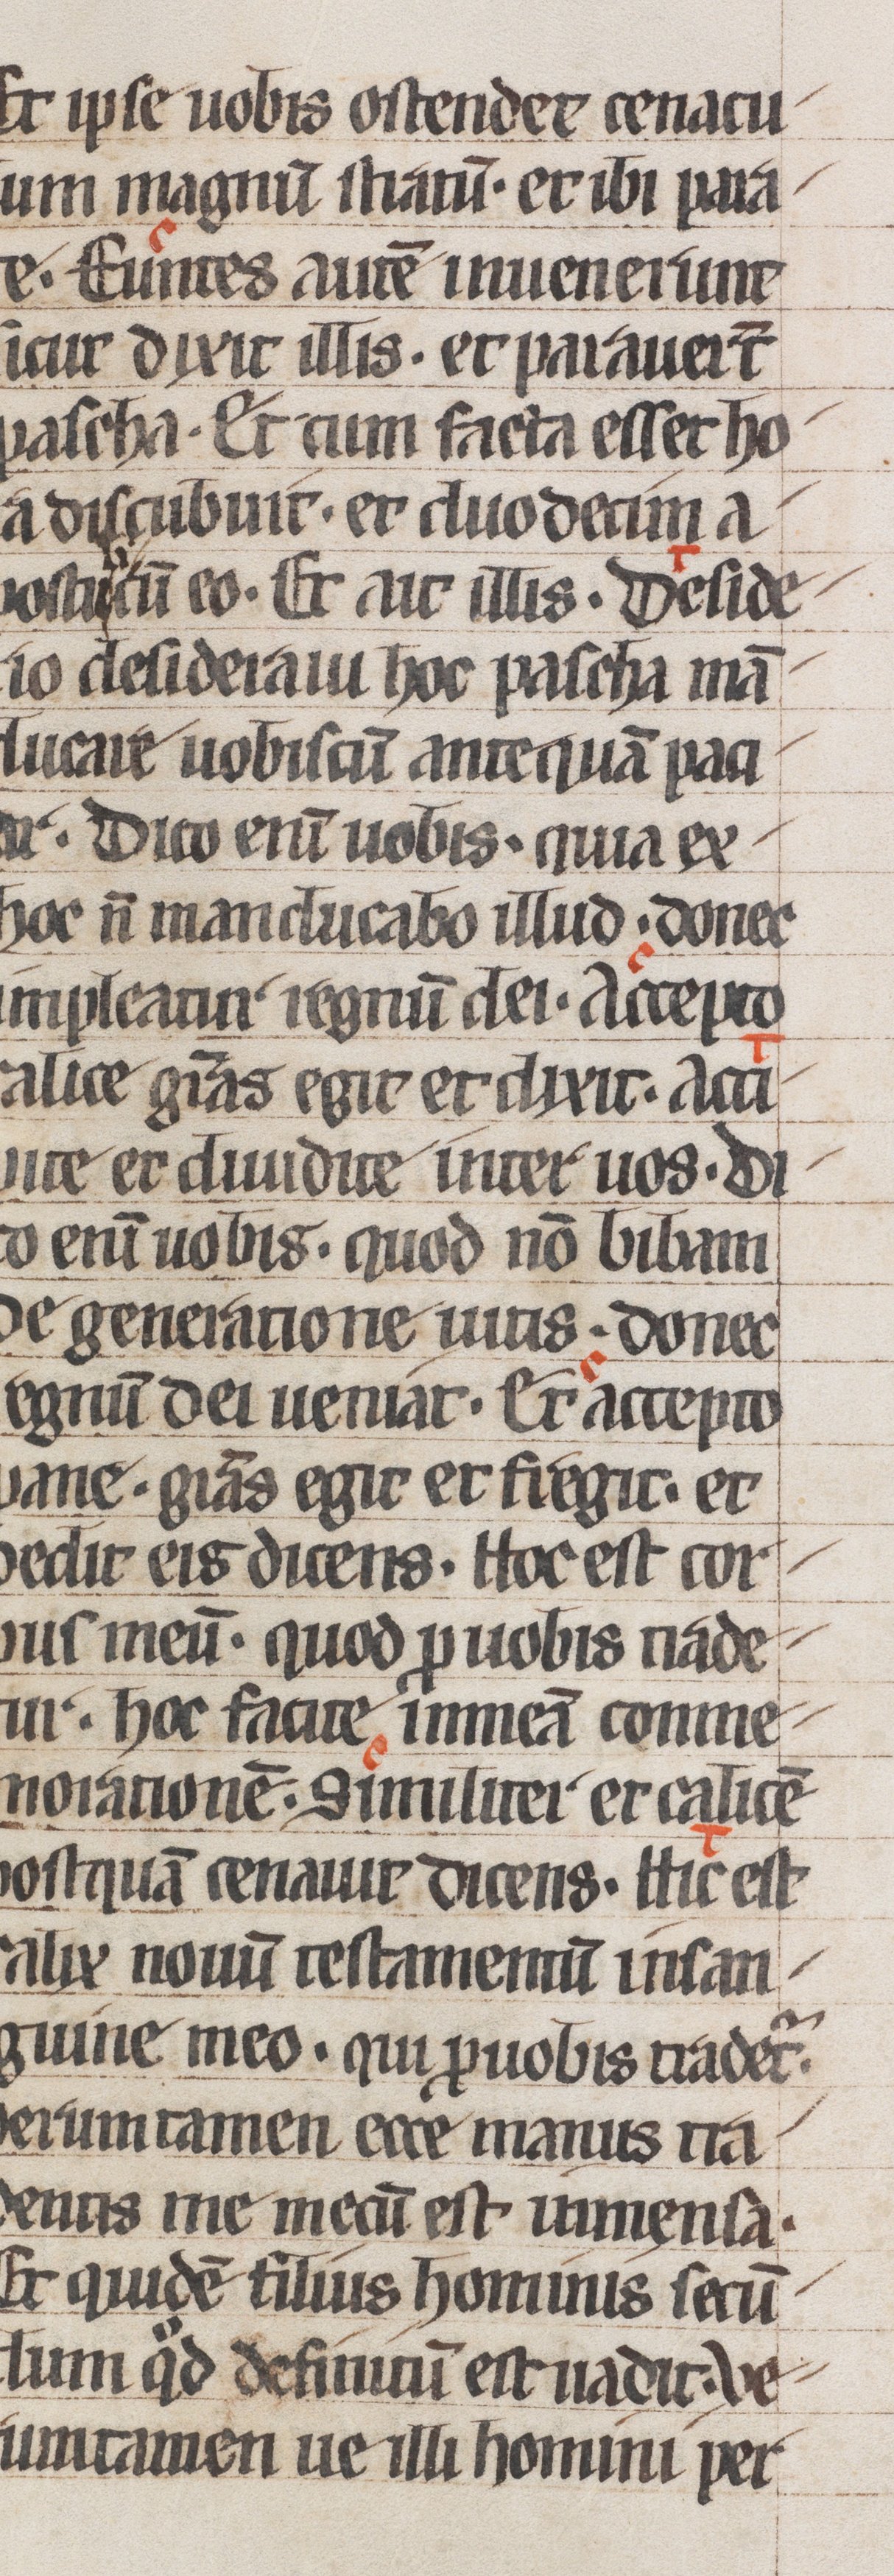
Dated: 1250–1299